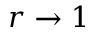
r \to 1